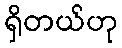
ရှိတယ်ဟု